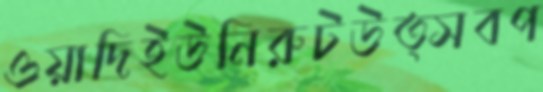
ওয়াদিইউনিরুটউত্সবপ